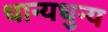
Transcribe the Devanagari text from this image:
धान्यधुन्य